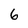
Character: 6